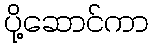
ပို့ဆောင်ကာ